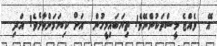
އޭ  ވެއްޖެ މީސްތަކުންނޭވެ! ތިޔަބައިމީހުން  އަށް ކިޔަމަންވާށެވެ! އަދި